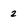
Character: 2